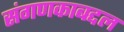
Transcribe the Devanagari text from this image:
संगणकाबद्दल